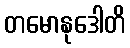
တမောနုဒေါတိ